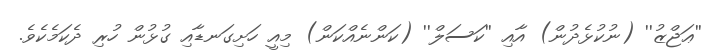
''ޢަޖްޒު'' (ނުކުޅެދުން) އާއި ''ކަސަލް'' (ކަންނެއްކަން) މިއީ ހަށިގަނޑާއި ގުޅުން ހުރި ދެކަމެކެވެ.